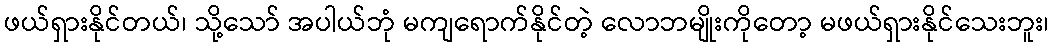
ဖယ်ရှားနိုင်တယ်၊ သို့သော် အပါယ်ဘုံ မကျရောက်နိုင်တဲ့ လောဘမျိုးကိုတော့ မဖယ်ရှားနိုင်သေးဘူး၊